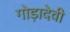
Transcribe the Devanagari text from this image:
गोड़ादेवी